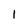
Character: 1